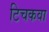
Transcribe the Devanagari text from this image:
टिचकवा